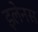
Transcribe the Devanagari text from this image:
इलेनस